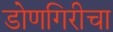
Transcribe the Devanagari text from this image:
डोणगिरीचा